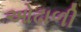
ઓઢાળી